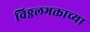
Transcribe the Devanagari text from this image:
विठ्ठलभक्ताच्या